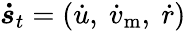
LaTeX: \boldsymbol{\dot{s}}_{t}=(\dot{u},~\dot{v}_{\mathrm{m}},~\dot{r})